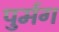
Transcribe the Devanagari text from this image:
पुर्मग